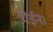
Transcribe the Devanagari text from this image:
घेईन।